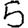
Digit: 5